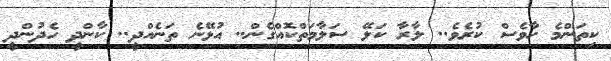
ކިތަންމެ ހާވެސް ކުރެވެ.. ލާރާ ކަލޭ ސަލާމަތްކޮއްގެން.. އުޅޭނެ ތަނެއްދީ.. ކާންދީ ހެދުންދީ